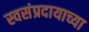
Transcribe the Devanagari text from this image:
स्वसंप्रदायाच्या